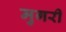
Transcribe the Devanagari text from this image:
मुगरी